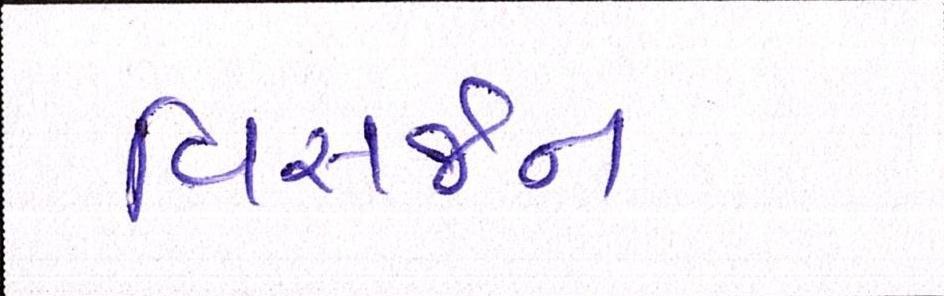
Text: વિસર્જન